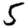
Digit: 5